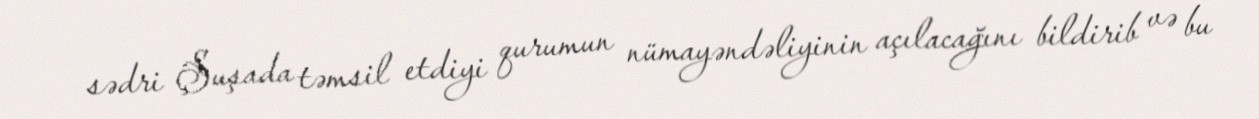
sədri Şuşada təmsil etdiyi qurumun nümayəndəliyinin açılacağını bildirib və bu